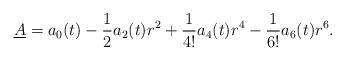
LaTeX: \begin{align*}\underline{A} = a_0(t) - \frac12a_2(t)r^2 + \frac{1}{4!}a_4(t)r^4 - \frac{1}{6!}a_6(t)r^6.\end{align*}